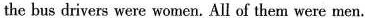
the bus drivers were women. All of them were men.